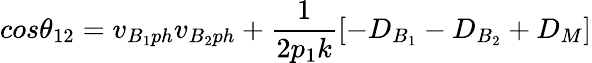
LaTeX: cos\theta_{12}=v_{B_{1}ph}v_{B_{2}ph}+\frac{1}{2p_{1}k}[-D_{B_{1}}-D_{B_{2}}+D_{M}]